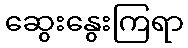
ဆွေးနွေးကြရာ